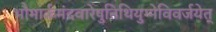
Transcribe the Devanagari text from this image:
भौमार्कमंदवारेषुतिथियुग्मेविवर्जयेत्